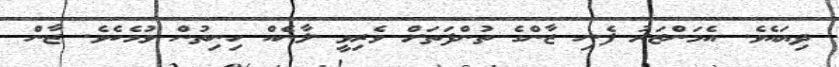
ދިޔައެވެ. އެމަންޒަރު ފެނި ޒާންގެ ތުންފަތަށް ވެރިވީ ލާނެއް ހިނިތުން ވުމެކެވެ. ޒާން